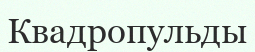
Квадропульды